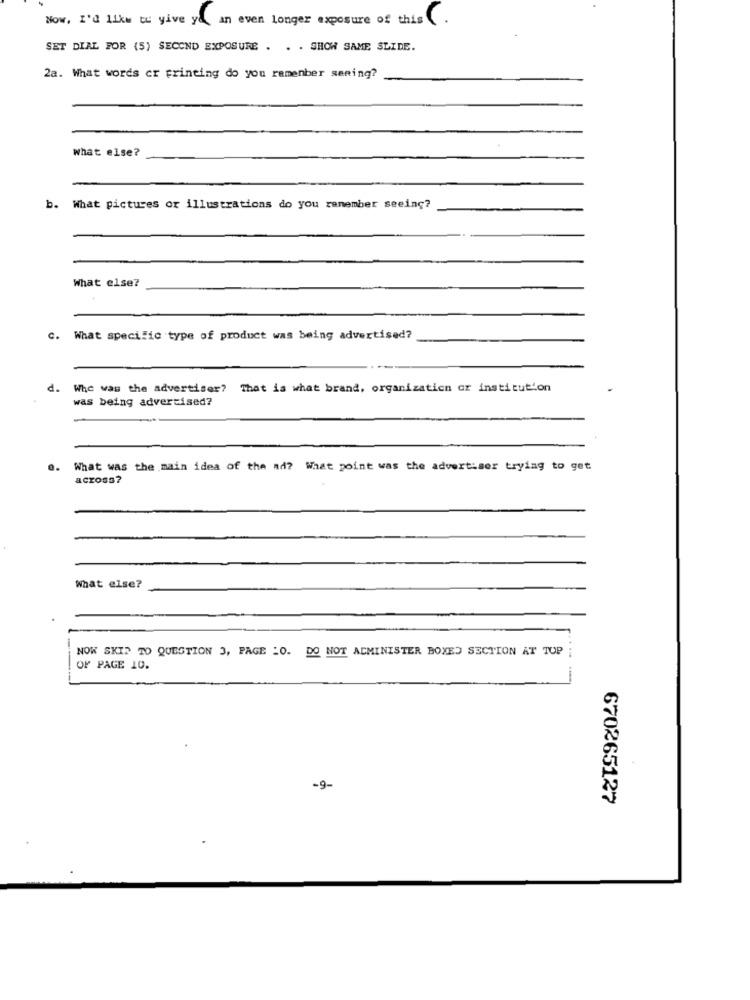
Now, I'd like to give you an even Longer exposure of this.
SET DIAL FOR (5) SECOND EXPOSURE . . . SHOW SAME SLIDE.
2a. What words cr printing do you remenber sening?
What else?
b. What pictures or illustrations do you remember seeing?
What else?
C. What specific type of product was being advertised?
d.
Whe was the advertiser?
That is what brand, organization or institution
was being advertised?
What was the main idea of the ad? What point was the advertiser trying to get
across?
What else?
NOW SKIP TO QUESTION 3, PAGE .O. DO NOT ADMINISTER BOXED SECTION AT TUP
....
OF PAGE 1O.
-9-
670265127